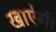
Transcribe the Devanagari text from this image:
खाऐगें।